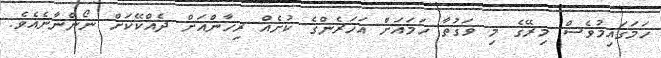
ހަމަގައިމުވެސް މިރޭގެ މި ވަގުތާ ހަމައަށް އަހަރެންގެ ކުށެއް ރިހާންއަށް ދެއްކޭކަށް ނޯންނާނެއެވެ.